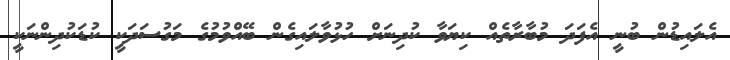
އެލައިޑުން ބުނީ އެފަދަ މުބާރާތެއް ކިޔަވާ ކުދިނަށް ހުޅުވާލައިގެން ބޭއްވުމުގެ މަގުސަދަކީ ކުޑަކުދިންނަކީ